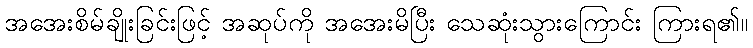
အအေးစိမ်ချိုးခြင်းဖြင့် အဆုပ်ကို အအေးမိပြီး သေဆုံးသွားကြောင်း ကြားရ၏။